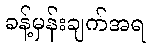
ခန့်မှန်းချက်အရ